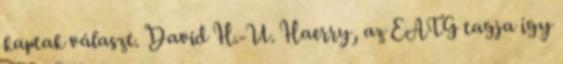
kaptak választ. David H.-U. Haerry, az EATG tagja így